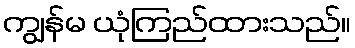
ကျွန်မ ယုံကြည်ထားသည်။